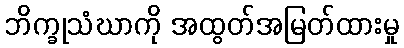
ဘိက္ခုသံဃာကို အထွတ်အမြတ်ထားမှု